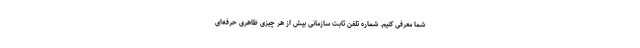
شما معرفی کنیم. شماره تلفن ثابت سازمانی بیش از هر چیزی ظاهری حرفه‌ای